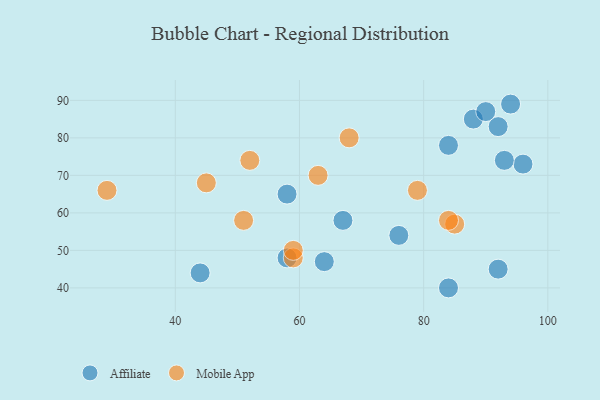
{"axis": {"x": "GDP", "y": "Life Expectancy"}, "legend": ["Affiliate", "Mobile App"], "data": [{"x": "58", "y": 65, "type": "Affiliate"}, {"x": "76", "y": 54, "type": "Affiliate"}, {"x": "64", "y": 47, "type": "Affiliate"}, {"x": "96", "y": 73, "type": "Affiliate"}, {"x": "67", "y": 58, "type": "Affiliate"}, {"x": "92", "y": 45, "type": "Affiliate"}, {"x": "84", "y": 40, "type": "Affiliate"}, {"x": "94", "y": 89, "type": "Affiliate"}, {"x": "92", "y": 83, "type": "Affiliate"}, {"x": "93", "y": 74, "type": "Affiliate"}, {"x": "84", "y": 78, "type": "Affiliate"}, {"x": "44", "y": 44, "type": "Affiliate"}, {"x": "88", "y": 85, "type": "Affiliate"}, {"x": "58", "y": 48, "type": "Affiliate"}, {"x": "90", "y": 87, "type": "Affiliate"}, {"x": "59", "y": 48, "type": "Mobile App"}, {"x": "79", "y": 66, "type": "Mobile App"}, {"x": "63", "y": 70, "type": "Mobile App"}, {"x": "85", "y": 57, "type": "Mobile App"}, {"x": "84", "y": 58, "type": "Mobile App"}, {"x": "29", "y": 66, "type": "Mobile App"}, {"x": "59", "y": 50, "type": "Mobile App"}, {"x": "51", "y": 58, "type": "Mobile App"}, {"x": "45", "y": 68, "type": "Mobile App"}, {"x": "68", "y": 80, "type": "Mobile App"}, {"x": "52", "y": 74, "type": "Mobile App"}]}